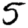
Digit: 5